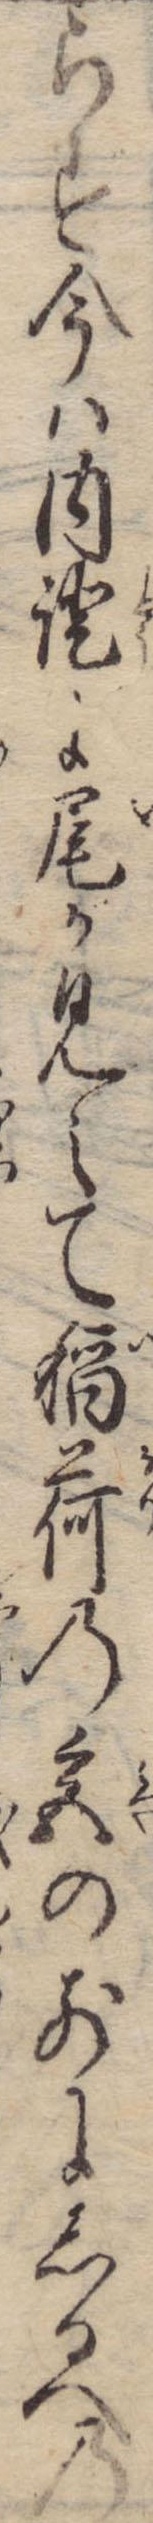
らず今は内証に尾が見えて稲荷の宮の前にしるへの